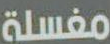
مغسلة